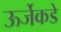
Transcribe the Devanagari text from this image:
ऊर्जेकडे